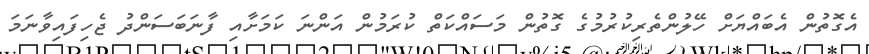
އެގޮތުން އެބައްޔަށް ހޭލުންތެރިކުރުމުގެ ގޮތުން މަސައްކަތް ކުރަމުން އަންނަ ކަމަށާއި ފާނަބަސަންދު ޖެހިފައިވާނަމަ